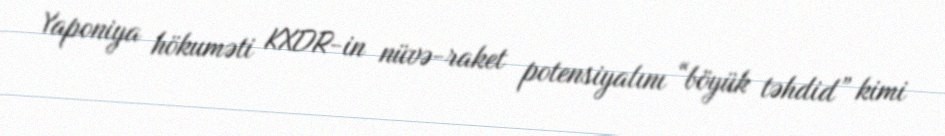
Yaponiya hökuməti KXDR-in nüvə-raket potensiyalını “böyük təhdid” kimi